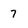
Character: 7